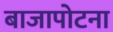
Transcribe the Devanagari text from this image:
बाजापोटना